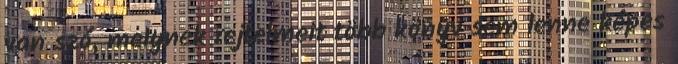
van szó, mely­nek rejtelmeit több könyv sem lenne képes